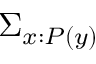
\Sigma _ { x : P ( y ) }